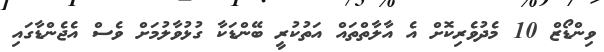
ވިންޑޯޒް 10 މެދުވެރިކޮށް އެ އާލާތްތައް އަތުކުރީ ބޭންޑަކާ ގުޅުވާލުމަށް ވެސް އެޖެންޑާގައި